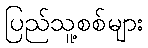
ပြည်သူ့စစ်များ